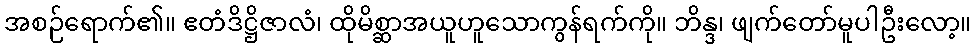
အစဉ်ရောက်၏။ ဧတံဒိဋ္ဌိဇာလံ၊ ထိုမိစ္ဆာအယူဟူသောကွန်ရက်ကို။ ဘိန္ဒ၊ ဖျက်တော်မူပါဦးလော့။